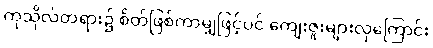
ကုသိုလ်တရား၌ စိတ်ဖြစ်ကာမျှဖြင့်ပင် ကျေးဇူးများလှကြောင်း